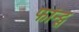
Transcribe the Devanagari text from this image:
फॉन्‍ट्स